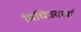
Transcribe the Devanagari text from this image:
बिचित्रवर्णा